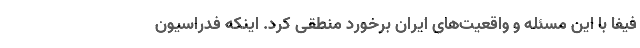
فیفا با این مسئله و واقعیت‌های ایران برخورد منطقی کرد. اینکه فدراسیون